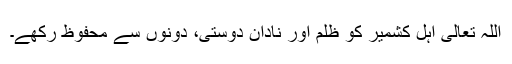
اللہ تعالیٰ اہلِ کشمیر کو ظلم اور نادان دوستی، دونوں سے محفوظ رکھے۔